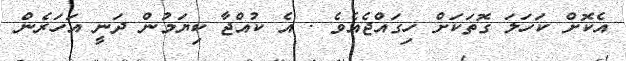
އެކޮށް ކަހަލަ ގޮތަކަށް ހިގައްޖެއެވެ . އެ ކުއްޖާ ކިޔަމުން ދަނީ އަހަރެން